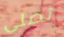
تصلى